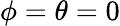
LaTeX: \phi=\theta=0